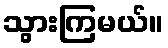
သွားကြမယ်။